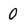
Character: 0